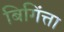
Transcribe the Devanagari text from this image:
बिगिंत्ता